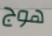
هوج